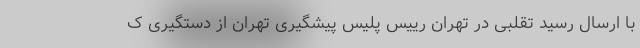
با ارسال رسید تقلبی در تهران رییس پلیس پیشگیری تهران از دستگیری ک